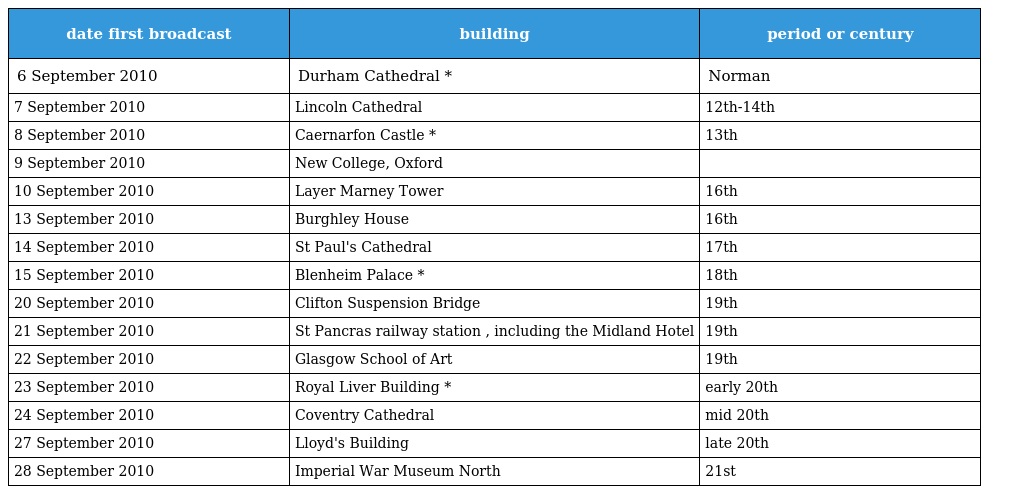
| date first broadcast | building | period or century |
 | --- | --- | --- |
 | 6 September 2010 | Durham Cathedral * | Norman |
 | 7 September 2010 | Lincoln Cathedral | 12th-14th |
 | 8 September 2010 | Caernarfon Castle * | 13th |
 | 9 September 2010 | New College, Oxford |  |
 | 10 September 2010 | Layer Marney Tower | 16th |
 | 13 September 2010 | Burghley House | 16th |
 | 14 September 2010 | St Paul's Cathedral | 17th |
 | 15 September 2010 | Blenheim Palace * | 18th |
 | 20 September 2010 | Clifton Suspension Bridge | 19th |
 | 21 September 2010 | St Pancras railway station , including the Midland Hotel | 19th |
 | 22 September 2010 | Glasgow School of Art | 19th |
 | 23 September 2010 | Royal Liver Building * | early 20th |
 | 24 September 2010 | Coventry Cathedral | mid 20th |
 | 27 September 2010 | Lloyd's Building | late 20th |
 | 28 September 2010 | Imperial War Museum North | 21st |